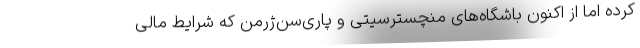
کرده اما از اکنون باشگاه‌های منچسترسیتی و پاری‌سن‌ژرمن که شرایط مالی